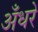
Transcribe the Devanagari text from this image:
अँधरे